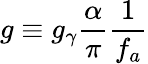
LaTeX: g\equiv g_{\gamma}{\frac{\alpha}{\pi}}{\frac{1}{f_{a}}}